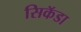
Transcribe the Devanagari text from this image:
सिकॅडा